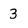
Character: 3